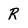
Character: R